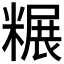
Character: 𫃌